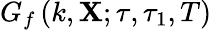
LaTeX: G_{f}\left(k,\mathbf{X};\tau,\tau_{1},T\right)